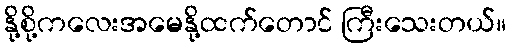
နို့စို့ကလေးအမေနို့ထက်တောင် ကြီးသေးတယ်။